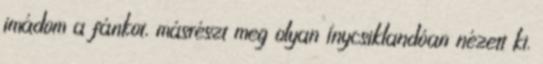
imádom a fánkot, másrészt meg olyan ínycsiklandóan nézett ki.